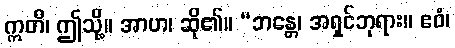
ဣတိ၊ ဤသို့။ အာဟ၊ ဆို၏။ “ဘန္တေ၊ အရှင်ဘုရား။ ဧဝံ၊